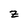
Character: z